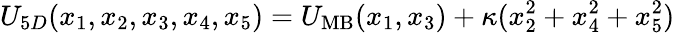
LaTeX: U_{5D}(x_{1},x_{2},x_{3},x_{4},x_{5})=U_{\mathrm{MB}}(x_{1},x_{3})+\kappa(x_{2}^{2}+x_{4}^{2}+x_{5}^{2})